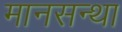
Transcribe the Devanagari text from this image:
मानसन्था